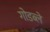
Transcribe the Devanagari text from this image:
गोडब्ले